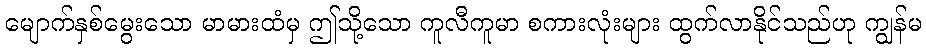
မျောက်နှစ်မွေးသော မာမားထံမှ ဤသို့သော ကူလီကူမာ စကားလုံးများ ထွက်လာနိုင်သည်ဟု ကျွန်မ